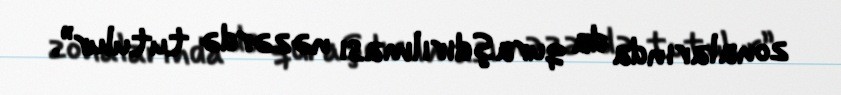
zonalarında da quraşdırılması nəzərdə tutulur”.